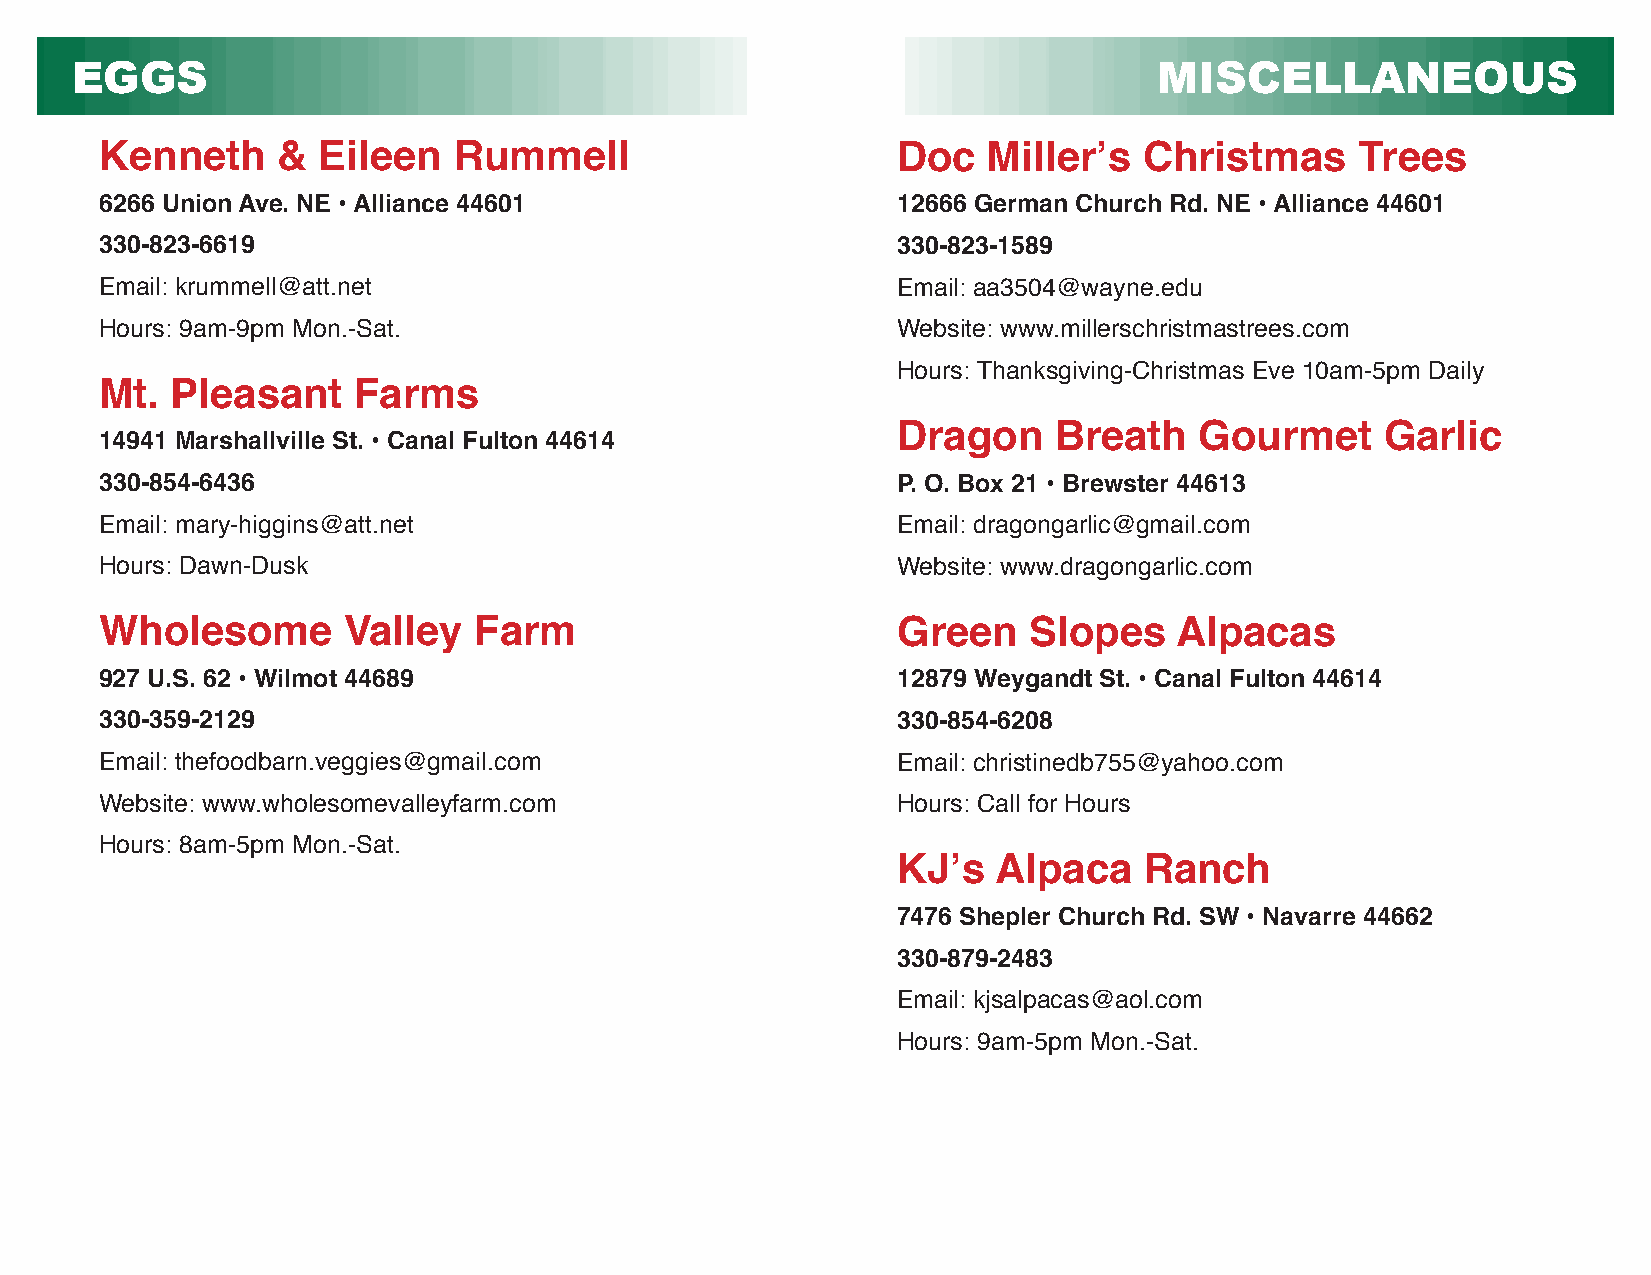
EGGS                                                                    MISCELLANEOUS
 Kenneth    &  Eileen   Rummell                      Doc   Miller’s   Christmas     Trees
 6266 Union Ave. NE • Alliance 44601                 12666 German Church Rd. NE • Alliance 44601
 330-823-6619                                        330-823-1589
 Email: krummell@att.net                             Email: aa3504@wayne.edu
 Hours: 9am-9pm Mon.-Sat.                            Website: www.millerschristmastrees.com
 Hours: Thanksgiving-Christmas Eve 10am-5pm Daily
 Mt. Pleasant    Farms
 Dragon     Breath   Gourmet      Garlic
 14941 Marshallville St. • Canal Fulton 44614
 330-854-6436                                        P. O. Box 21 • Brewster 44613
 Email: mary-higgins@att.net                         Email: dragongarlic@gmail.com
 Hours: Dawn-Dusk                                    Website: www.dragongarlic.com
 Wholesome       Valley  Farm                        Green    Slopes    Alpacas
 927 U.S. 62 • Wilmot 44689                          12879 Weygandt St. • Canal Fulton 44614
 330-359-2129                                        330-854-6208
 Email: thefoodbarn.veggies@gmail.com                Email: christinedb755@yahoo.com
 Website: www.wholesomevalleyfarm.com                Hours: Call for Hours
 Hours: 8am-5pm Mon.-Sat.
 KJ’s   Alpaca    Ranch
 7476 Shepler Church Rd. SW • Navarre 44662
 330-879-2483
 Email: kjsalpacas@aol.com
 Hours: 9am-5pm Mon.-Sat.